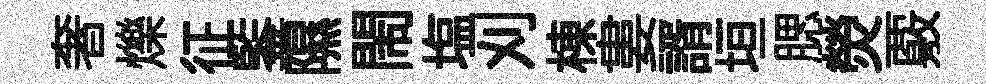
奢爍征鍳隰閙塩刈棟婁諝垣腮熒覈